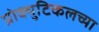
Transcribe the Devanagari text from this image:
प्रोक्युटिकलच्या